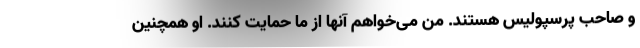
و صاحب پرسپولیس هستند. من می‌خواهم آنها از ما حمایت کنند. او همچنین